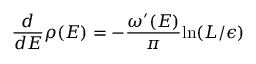
{ \frac { d } { d E } } \rho ( E ) = - { \frac { \omega ^ { \prime } ( E ) } { \pi } } \mathrm { l n } ( L / \epsilon )